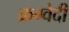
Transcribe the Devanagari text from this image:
क्रग्वेदी